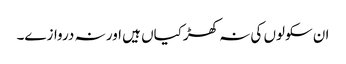
ان سکولوں کی نہ کھڑکیاں ہیں اور نہ دروازے۔